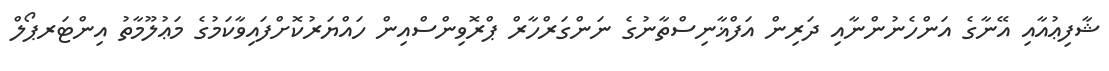
ޝާފިޢުއާއި އޭނާގެ އަންހެނުންނާއި ދަރިން އަފްޣާނިސްތާނުގެ ނަންގަރްހާރް ޕްރޮވިންސްއިން ހައްޔަރުކޮށްފައިވާކަމުގެ މަޢުލޫމާތު އިންޓަރޕޯލް